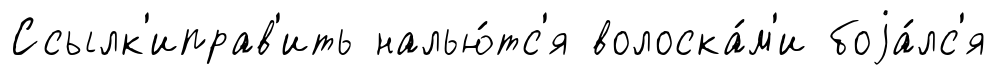
Ссылк'иправ'ить налью́тс'я волоска́м'и боjа́лс'я